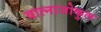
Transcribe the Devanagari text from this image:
वात्नाजोकुल